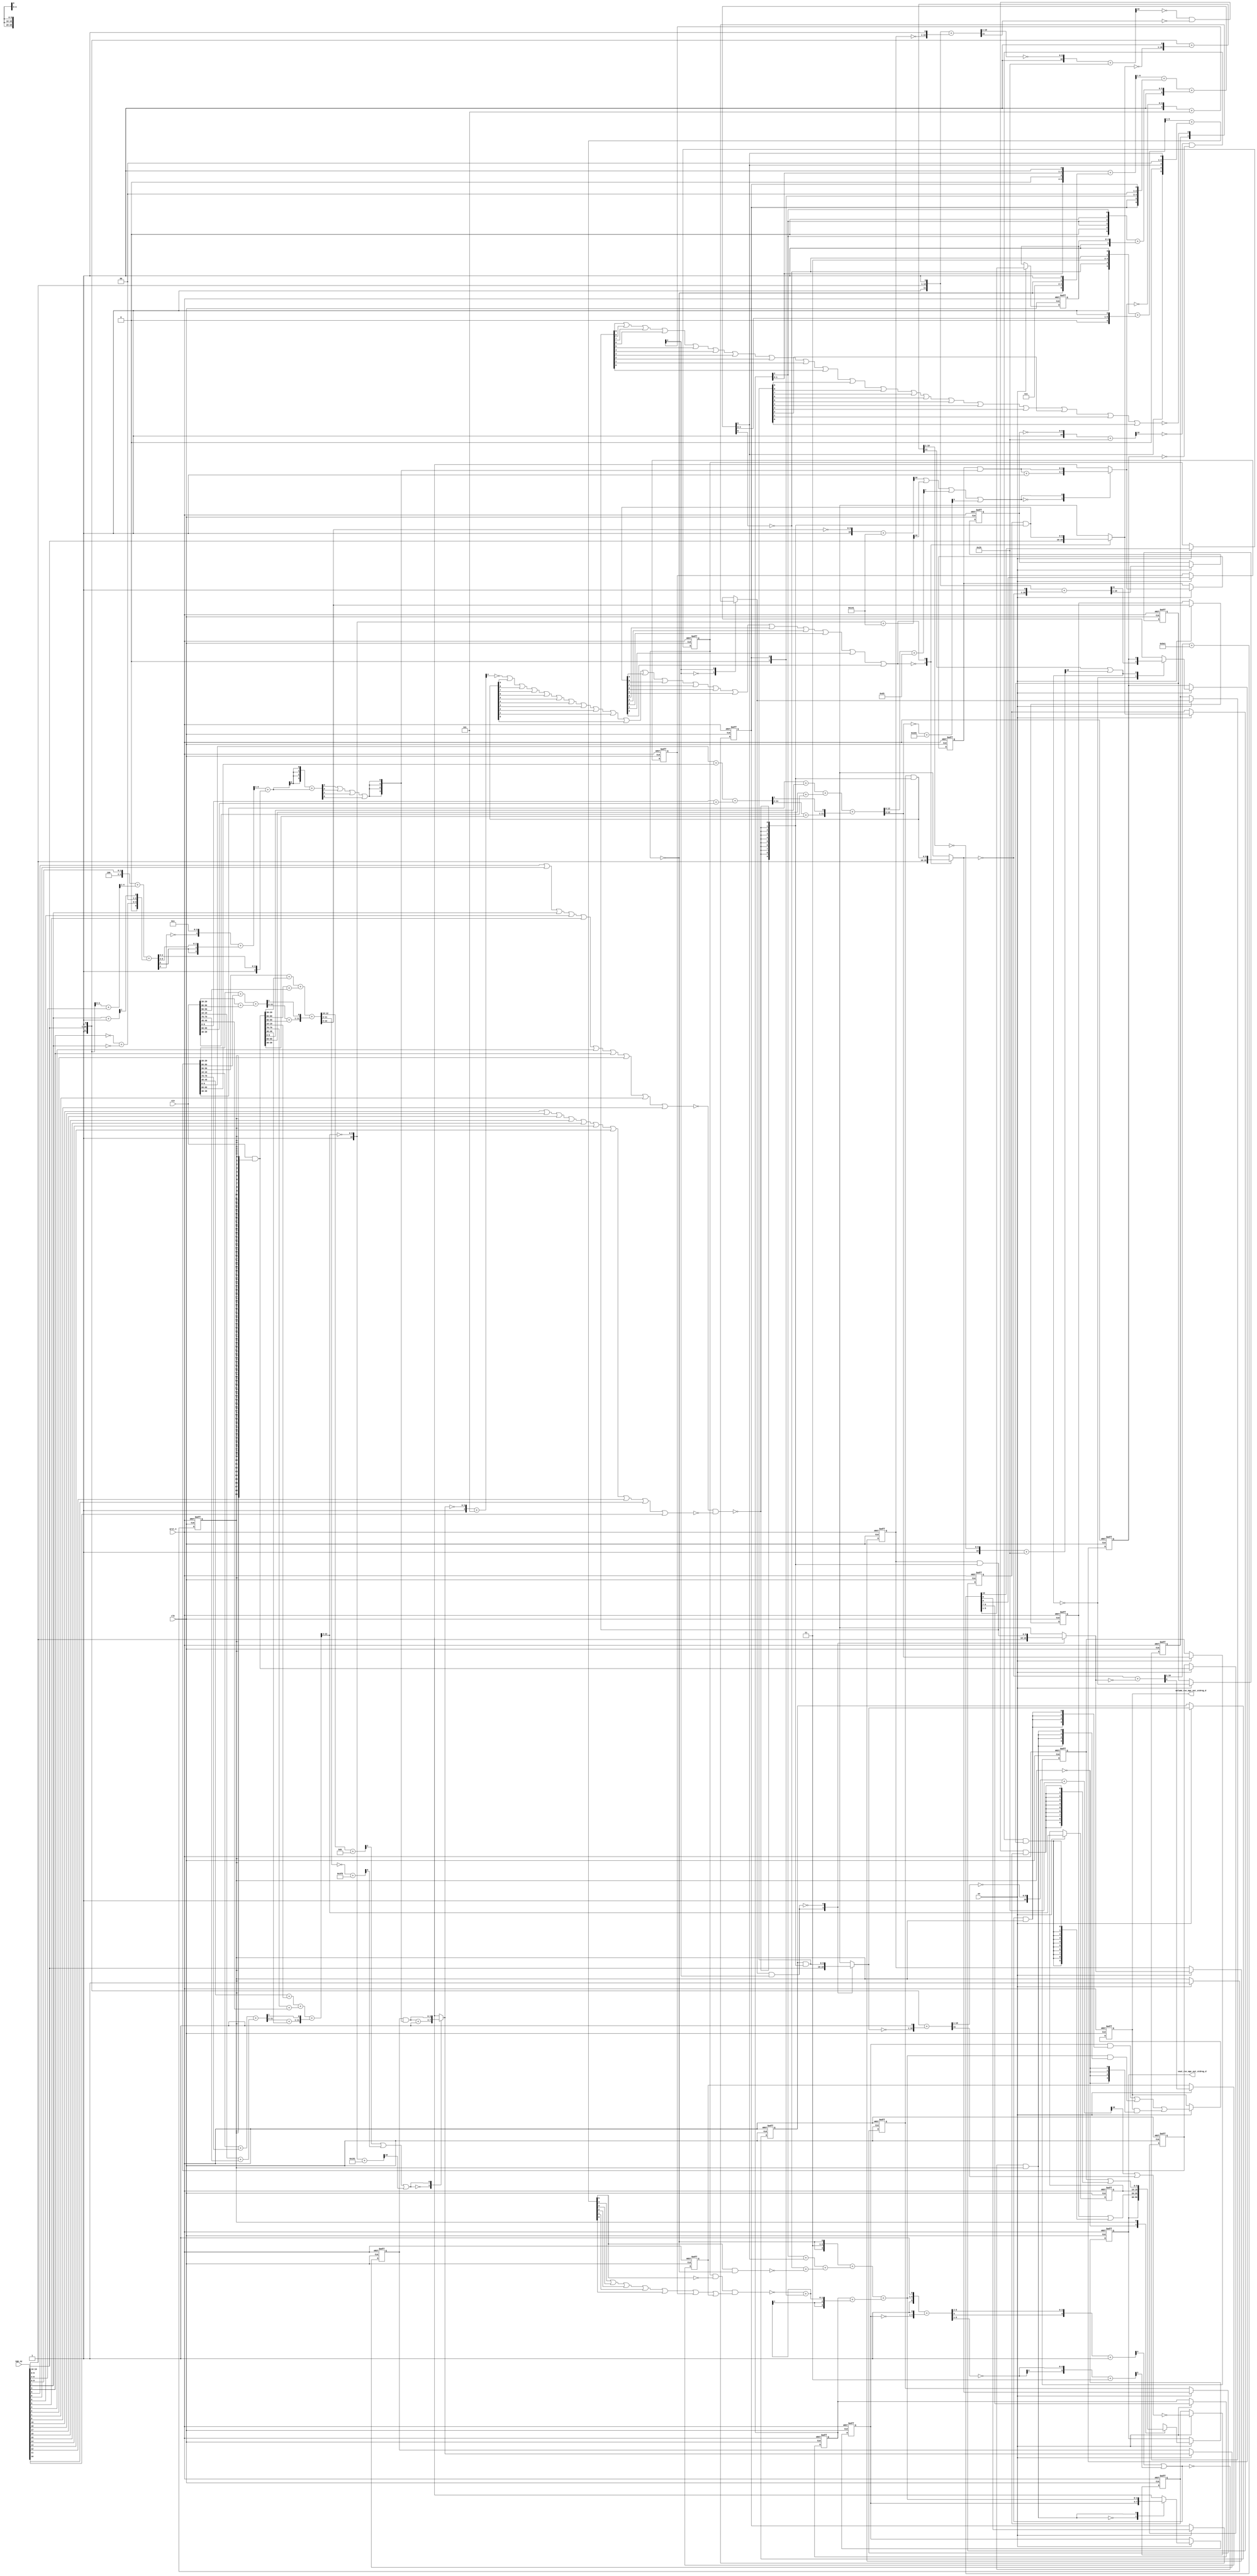
module gauss_blur_core (
  vin, vga_xy, clk, en, arst_n, vout_rsc_mgc_out_stdreg_d, volume_rsc_mgc_out_stdreg_d
);
  input [89:0] vin;
  input [19:0] vga_xy;
  input clk;
  input en;
  input arst_n;
  output [29:0] vout_rsc_mgc_out_stdreg_d;
  reg [29:0] vout_rsc_mgc_out_stdreg_d;
  output [3:0] volume_rsc_mgc_out_stdreg_d;
  reg [3:0] volume_rsc_mgc_out_stdreg_d;


  // Interconnect Declarations
  wire or_dcpl_8;
  wire not_tmp_8;
  reg [89:0] regs_regs_1_sva;
  reg [3:0] acc_13_0_sva;
  reg [3:0] acc_13_1_sva;
  reg [9:0] red_xy_0_sva;
  reg [9:0] red_xy_1_sva;
  reg [9:0] blue_xy_0_sva;
  reg [9:0] blue_xy_1_sva;
  reg [3:0] volume_previous_sva;
  reg if_9_land_lpi_1_dfm;
  reg [9:0] MAC1_acc_psp_sg1_sva_1;
  reg [9:0] MAC1_acc_39_psp_sg1_sva_1;
  reg [9:0] MAC1_acc_40_psp_sg1_sva_1;
  reg land_12_lpi_1_dfm_1;
  reg land_14_lpi_1_dfm_1;
  reg [9:0] deltay_square_red_slc_deltay_square_red_acc_psp_itm_1;
  reg [4:0] volume_current_slc_acc_idiv_itm_1;
  reg [2:0] volume_current_slc_acc_idiv_10_itm_1;
  reg volume_current_slc_acc_idiv_14_itm_1;
  reg volume_current_slc_acc_idiv_5_itm_1;
  reg volume_current_slc_acc_idiv_8_itm_1;
  reg aif_41_slc_itm_1;
  reg main_stage_0_2;
  wire if_9_land_lpi_1_dfm_mx0;
  wire [3:0] acc_13_0_sva_dfm_1_mx0;
  wire [9:0] blue_xy_1_sva_dfm;
  wire [9:0] blue_xy_0_sva_dfm;
  reg reg_volume_current_slc_acc_idiv_12_itm_1_cse;
  wire [9:0] red_xy_1_sva_dfm;
  wire [9:0] red_xy_0_sva_dfm;
  reg reg_deltay_square_blue_acc_psp_sva_tmp;
  wire or_17_cse;
  wire and_15_cse;
  wire [11:0] deltay_square_blue_acc_1_itm;
  wire [12:0] nl_deltay_square_blue_acc_1_itm;
  wire [5:0] if_17_acc_1_itm;
  wire [6:0] nl_if_17_acc_1_itm;
  wire [12:0] MAC1_acc_itm;
  wire [13:0] nl_MAC1_acc_itm;
  wire [12:0] MAC1_acc_78_itm;
  wire [13:0] nl_MAC1_acc_78_itm;
  wire [12:0] MAC1_acc_79_itm;
  wire [13:0] nl_MAC1_acc_79_itm;
  wire [11:0] deltay_square_red_acc_1_itm;
  wire [12:0] nl_deltay_square_red_acc_1_itm;
  wire [10:0] aif_39_acc_itm;
  wire [11:0] nl_aif_39_acc_itm;
  wire [11:0] deltax_square_red_acc_1_itm;
  wire [12:0] nl_deltax_square_red_acc_1_itm;
  wire [11:0] deltax_square_blue_acc_1_itm;
  wire [12:0] nl_deltax_square_blue_acc_1_itm;
  wire [4:0] acc_3_itm;
  wire [5:0] nl_acc_3_itm;
  wire [89:0] regs_regs_0_sva_mx0;
  wire [3:0] volume_current_sva;
  wire [5:0] nl_volume_current_sva;
  wire [6:0] conc_imod_sg1_sva;
  wire [8:0] nl_conc_imod_sg1_sva;
  wire [5:0] conc_imod_1_sg1_sva;
  wire [6:0] nl_conc_imod_1_sg1_sva;
  wire [3:0] acc_13_0_sva_dfm;
  wire [3:0] acc_13_1_sva_dfm_1_mx0;
  wire [3:0] acc_13_1_sva_dfm;
  wire [9:0] red_xy_1_sva_dfm_2_mx0;
  wire [9:0] red_xy_0_sva_dfm_2_mx0;
  wire [9:0] blue_xy_0_sva_dfm_2_mx0;
  wire [9:0] blue_xy_1_sva_mx0;
  wire [3:0] if_3_acc_svs;
  wire [4:0] nl_if_3_acc_svs;
  wire [3:0] if_3_acc_1_psp_sva;
  wire [4:0] nl_if_3_acc_1_psp_sva;
  wire [5:0] acc_imod_sva;
  wire [6:0] nl_acc_imod_sva;
  wire [10:0] volume_current_acc_psp;
  wire [11:0] nl_volume_current_acc_psp;
  wire [10:0] volume_current_acc_sdt;
  wire [11:0] nl_volume_current_acc_sdt;
  wire [11:0] MAC1_acc_45_itm;
  wire [12:0] nl_MAC1_acc_45_itm;
  wire [11:0] MAC1_acc_52_itm;
  wire [12:0] nl_MAC1_acc_52_itm;
  wire [11:0] MAC1_acc_59_itm;
  wire [12:0] nl_MAC1_acc_59_itm;
  wire nand_1_itm;
  wire or_itm;


  // Interconnect Declarations for Component Instantiations 
  assign and_15_cse = (~ or_17_cse) & main_stage_0_2;
  assign or_17_cse = (readslicef_5_1_4((conv_s2u_4_5(if_17_acc_1_itm[5:2]) + 5'b1)))
      | (readslicef_6_1_5((conv_s2s_5_6(~ (if_17_acc_1_itm[5:1])) + 6'b11)));
  assign regs_regs_0_sva_mx0 = vin & ({{89{main_stage_0_2}}, main_stage_0_2});
  assign nl_deltay_square_blue_acc_1_itm = ({1'b1 , (vga_xy[19:10]) , 1'b1}) + conv_u2s_11_12({(~
      blue_xy_1_sva) , 1'b1});
  assign deltay_square_blue_acc_1_itm = nl_deltay_square_blue_acc_1_itm[11:0];
  assign nl_volume_current_sva = (({(~ reg_volume_current_slc_acc_idiv_12_itm_1_cse)
      , 2'b11 , (~ reg_volume_current_slc_acc_idiv_12_itm_1_cse)}) + conv_u2u_3_4(conv_u2u_2_3(conv_u2u_1_2(volume_current_slc_acc_idiv_10_itm_1[2])
      + conv_u2u_1_2(conc_imod_sg1_sva[5])) + conv_u2u_2_3(conv_u2u_1_2(~ (conc_imod_sg1_sva[6]))
      + conv_u2u_1_2(~((conc_imod_1_sg1_sva[5]) & (~ reg_volume_current_slc_acc_idiv_12_itm_1_cse))))))
      + (conv_u2s_3_4(volume_current_slc_acc_idiv_10_itm_1) + conv_s2s_2_4(conv_s2s_1_2(~(reg_volume_current_slc_acc_idiv_12_itm_1_cse
      & (~ (conc_imod_1_sg1_sva[5])) & ((conc_imod_1_sg1_sva[4]) | (conc_imod_1_sg1_sva[3])
      | (conc_imod_1_sg1_sva[2]) | (conc_imod_1_sg1_sva[1]) | (conc_imod_1_sg1_sva[0])
      | volume_current_slc_acc_idiv_14_itm_1 | volume_current_slc_acc_idiv_5_itm_1)))
      + conv_u2s_1_2(volume_current_slc_acc_idiv_8_itm_1)));
  assign volume_current_sva = nl_volume_current_sva[3:0];
  assign nl_if_17_acc_1_itm = ({1'b1 , volume_current_sva , 1'b1}) + conv_u2s_5_6({(~
      volume_previous_sva) , 1'b1});
  assign if_17_acc_1_itm = nl_if_17_acc_1_itm[5:0];
  assign nl_MAC1_acc_45_itm = conv_u2u_11_12(conv_u2u_10_11(regs_regs_1_sva[29:20])
      + conv_u2u_10_11(regs_regs_1_sva[89:80])) + conv_u2u_11_12(conv_u2u_10_11(vin[29:20])
      + conv_u2u_10_11(vin[89:80]));
  assign MAC1_acc_45_itm = nl_MAC1_acc_45_itm[11:0];
  assign nl_MAC1_acc_itm = conv_u2u_12_13(conv_u2u_11_12(conv_u2u_10_11(regs_regs_1_sva[59:50])
      + conv_u2u_10_11(regs_regs_0_sva_mx0[29:20])) + conv_u2u_11_12(conv_u2u_10_11(regs_regs_0_sva_mx0[89:80])
      + conv_u2u_10_11(vin[59:50]))) + conv_u2u_12_13({(conv_u2u_10_11(MAC1_acc_45_itm[11:2])
      + conv_u2u_10_11(regs_regs_0_sva_mx0[59:50])) , (MAC1_acc_45_itm[1])});
  assign MAC1_acc_itm = nl_MAC1_acc_itm[12:0];
  assign nl_MAC1_acc_52_itm = conv_u2u_11_12(conv_u2u_10_11(regs_regs_1_sva[19:10])
      + conv_u2u_10_11(regs_regs_1_sva[79:70])) + conv_u2u_11_12(conv_u2u_10_11(vin[19:10])
      + conv_u2u_10_11(vin[79:70]));
  assign MAC1_acc_52_itm = nl_MAC1_acc_52_itm[11:0];
  assign nl_MAC1_acc_78_itm = conv_u2u_12_13(conv_u2u_11_12(conv_u2u_10_11(regs_regs_1_sva[49:40])
      + conv_u2u_10_11(regs_regs_0_sva_mx0[19:10])) + conv_u2u_11_12(conv_u2u_10_11(regs_regs_0_sva_mx0[79:70])
      + conv_u2u_10_11(vin[49:40]))) + conv_u2u_12_13({(conv_u2u_10_11(MAC1_acc_52_itm[11:2])
      + conv_u2u_10_11(regs_regs_0_sva_mx0[49:40])) , (MAC1_acc_52_itm[1])});
  assign MAC1_acc_78_itm = nl_MAC1_acc_78_itm[12:0];
  assign nl_MAC1_acc_59_itm = conv_u2u_11_12(conv_u2u_10_11(regs_regs_1_sva[9:0])
      + conv_u2u_10_11(regs_regs_1_sva[69:60])) + conv_u2u_11_12(conv_u2u_10_11(vin[9:0])
      + conv_u2u_10_11(vin[69:60]));
  assign MAC1_acc_59_itm = nl_MAC1_acc_59_itm[11:0];
  assign nl_MAC1_acc_79_itm = conv_u2u_12_13(conv_u2u_11_12(conv_u2u_10_11(regs_regs_1_sva[39:30])
      + conv_u2u_10_11(regs_regs_0_sva_mx0[9:0])) + conv_u2u_11_12(conv_u2u_10_11(regs_regs_0_sva_mx0[69:60])
      + conv_u2u_10_11(vin[39:30]))) + conv_u2u_12_13({(conv_u2u_10_11(MAC1_acc_59_itm[11:2])
      + conv_u2u_10_11(regs_regs_0_sva_mx0[39:30])) , (MAC1_acc_59_itm[1])});
  assign MAC1_acc_79_itm = nl_MAC1_acc_79_itm[12:0];
  assign nl_conc_imod_sg1_sva = (conv_u2s_6_7(readslicef_7_6_1((conv_u2u_6_7({(volume_current_slc_acc_idiv_10_itm_1[1:0])
      , 1'b0 , (volume_current_slc_acc_idiv_10_itm_1[1:0]) , 1'b1}) + conv_u2u_6_7({(~
      reg_volume_current_slc_acc_idiv_12_itm_1_cse) , 3'b111 , (~ reg_volume_current_slc_acc_idiv_12_itm_1_cse)
      , 1'b1})))) + conv_s2s_6_7({volume_current_slc_acc_idiv_8_itm_1 , 1'b0 , volume_current_slc_acc_idiv_8_itm_1
      , 2'b0 , volume_current_slc_acc_idiv_8_itm_1})) + ({1'b1 , (({(volume_current_slc_acc_idiv_10_itm_1[2])
      , 1'b0 , (signext_2_1(volume_current_slc_acc_idiv_10_itm_1[2])) , 1'b0 , (volume_current_slc_acc_idiv_10_itm_1[2])})
      + ({1'b1 , volume_current_slc_acc_idiv_itm_1}))});
  assign conc_imod_sg1_sva = nl_conc_imod_sg1_sva[6:0];
  assign nl_conc_imod_1_sg1_sva = (readslicef_7_6_1((conv_s2s_6_7({1'b1 , (~ (conc_imod_sg1_sva[6]))
      , 2'b11 , (~ (conc_imod_sg1_sva[6])) , 1'b1}) + conv_u2s_6_7({(conc_imod_sg1_sva[4:0])
      , 1'b1})))) + ({(conc_imod_sg1_sva[5]) , 1'b0 , (conc_imod_sg1_sva[5]) , 2'b0
      , (conc_imod_sg1_sva[5])});
  assign conc_imod_1_sg1_sva = nl_conc_imod_1_sg1_sva[5:0];
  assign acc_13_0_sva_dfm_1_mx0 = MUX_v_4_2_2({(acc_13_0_sva_dfm + 4'b1) , acc_13_0_sva_dfm},
      (readslicef_4_1_3((conv_u2u_3_4(MAC1_acc_itm[12:10]) + 4'b1011))) | (readslicef_10_1_9((conv_u2s_9_10(~
      (MAC1_acc_itm[11:3])) + 10'b1111111101))) | (readslicef_11_1_10((({1'b1 , (~
      (MAC1_acc_78_itm[12:3]))}) + 11'b110010001))));
  assign acc_13_0_sva_dfm = acc_13_0_sva & ({{3{or_itm}}, or_itm});
  assign acc_13_1_sva_dfm_1_mx0 = MUX_v_4_2_2({(acc_13_1_sva_dfm + 4'b1) , acc_13_1_sva_dfm},
      (readslicef_11_1_10((({1'b1 , (~ (MAC1_acc_itm[12:3]))}) + 11'b101000001)))
      | (readslicef_11_1_10((({1'b1 , (~ (MAC1_acc_78_itm[12:3]))}) + 11'b101000001)))
      | (readslicef_8_1_7((conv_u2u_7_8(MAC1_acc_79_itm[12:6]) + 8'b11010011))) |
      (readslicef_10_1_9(((~ (MAC1_acc_79_itm[12:3])) + 10'b1011010001))));
  assign acc_13_1_sva_dfm = acc_13_1_sva & ({{3{or_itm}}, or_itm});
  assign red_xy_1_sva_dfm_2_mx0 = MUX_v_10_2_2({(vga_xy[19:10]) , red_xy_1_sva_dfm},
      or_dcpl_8);
  assign red_xy_0_sva_dfm_2_mx0 = MUX_v_10_2_2({(vga_xy[9:0]) , red_xy_0_sva_dfm},
      or_dcpl_8);
  assign red_xy_1_sva_dfm = red_xy_1_sva & ({{9{nand_1_itm}}, nand_1_itm});
  assign red_xy_0_sva_dfm = red_xy_0_sva & ({{9{nand_1_itm}}, nand_1_itm});
  assign if_9_land_lpi_1_dfm_mx0 = MUX_s_1_2_2({if_9_land_lpi_1_dfm , (~((blue_xy_1_sva_dfm[9])
      | (blue_xy_1_sva_dfm[8]) | (blue_xy_1_sva_dfm[7]) | (blue_xy_1_sva_dfm[6])
      | (blue_xy_1_sva_dfm[5]) | (blue_xy_1_sva_dfm[4]) | (blue_xy_1_sva_dfm[3])
      | (blue_xy_1_sva_dfm[2]) | (blue_xy_1_sva_dfm[1]) | (blue_xy_1_sva_dfm[0])
      | (blue_xy_0_sva_dfm[9]) | (blue_xy_0_sva_dfm[8]) | (blue_xy_0_sva_dfm[7])
      | (blue_xy_0_sva_dfm[6]) | (blue_xy_0_sva_dfm[5]) | (blue_xy_0_sva_dfm[4])
      | (blue_xy_0_sva_dfm[3]) | (blue_xy_0_sva_dfm[2]) | (blue_xy_0_sva_dfm[1])
      | (blue_xy_0_sva_dfm[0])))}, acc_3_itm[4]);
  assign blue_xy_1_sva_dfm = blue_xy_1_sva & ({{9{nand_1_itm}}, nand_1_itm});
  assign blue_xy_0_sva_dfm = blue_xy_0_sva & ({{9{nand_1_itm}}, nand_1_itm});
  assign nl_deltay_square_red_acc_1_itm = ({1'b1 , (vga_xy[19:10]) , 1'b1}) + conv_u2s_11_12({(~
      red_xy_1_sva_dfm_2_mx0) , 1'b1});
  assign deltay_square_red_acc_1_itm = nl_deltay_square_red_acc_1_itm[11:0];
  assign nl_aif_39_acc_itm = ({1'b1 , (~ (deltax_square_red_acc_1_itm[10:1]))}) +
      11'b101001;
  assign aif_39_acc_itm = nl_aif_39_acc_itm[10:0];
  assign nl_deltax_square_red_acc_1_itm = ({1'b1 , (vga_xy[9:0]) , 1'b1}) + conv_u2s_11_12({(~
      red_xy_0_sva_dfm_2_mx0) , 1'b1});
  assign deltax_square_red_acc_1_itm = nl_deltax_square_red_acc_1_itm[11:0];
  assign nl_deltax_square_blue_acc_1_itm = ({1'b1 , (vga_xy[9:0]) , 1'b1}) + conv_u2s_11_12({(~
      blue_xy_0_sva_dfm_2_mx0) , 1'b1});
  assign deltax_square_blue_acc_1_itm = nl_deltax_square_blue_acc_1_itm[11:0];
  assign blue_xy_0_sva_dfm_2_mx0 = MUX_v_10_2_2({(vga_xy[9:0]) , blue_xy_0_sva_dfm},
      not_tmp_8);
  assign nl_acc_3_itm = ({1'b1 , (~ acc_13_1_sva_dfm_1_mx0)}) + 5'b101;
  assign acc_3_itm = nl_acc_3_itm[4:0];
  assign blue_xy_1_sva_mx0 = MUX_v_10_2_2({(vga_xy[19:10]) , blue_xy_1_sva_dfm},
      not_tmp_8);
  assign nl_if_3_acc_svs = conv_s2u_1_4(if_3_acc_1_psp_sva[3]) + if_3_acc_1_psp_sva;
  assign if_3_acc_svs = nl_if_3_acc_svs[3:0];
  assign nl_if_3_acc_1_psp_sva = (readslicef_5_4_1((({(~ (acc_imod_sva[3])) , 4'b1})
      + conv_s2u_3_5(acc_imod_sva[5:3])))) + ({1'b1 , (acc_imod_sva[2:0])});
  assign if_3_acc_1_psp_sva = nl_if_3_acc_1_psp_sva[3:0];
  assign nl_acc_imod_sva = conv_s2s_5_6(({3'b100 , (vga_xy[9:8])}) + conv_u2s_4_5(readslicef_5_4_1((conv_u2u_4_5({(vga_xy[2:0])
      , 1'b1}) + conv_u2u_4_5(vga_xy[6:3]))))) + conv_u2s_5_6({(conv_u2u_1_2(~ (vga_xy[3]))
      + conv_u2u_1_2(~ (vga_xy[7]))) , 2'b0 , (readslicef_2_1_1((conv_u2u_1_2(vga_xy[7])
      + 2'b1)))});
  assign acc_imod_sva = nl_acc_imod_sva[5:0];
  assign nl_volume_current_acc_psp = conv_u2u_10_11(volume_current_acc_sdt[10:1])
      + 11'b10111100001;
  assign volume_current_acc_psp = nl_volume_current_acc_psp[10:0];
  assign nl_volume_current_acc_sdt = conv_u2u_10_11(~ red_xy_1_sva_dfm_2_mx0) + conv_u2u_10_11(~
      blue_xy_1_sva_mx0);
  assign volume_current_acc_sdt = nl_volume_current_acc_sdt[10:0];
  assign nand_1_itm = ~((~((vga_xy[9]) | (vga_xy[8]) | (vga_xy[7]) | (vga_xy[6])
      | (vga_xy[5]) | (vga_xy[4]) | (vga_xy[3]) | (vga_xy[2]) | (vga_xy[1]) | (vga_xy[0])))
      & (~((vga_xy[19]) | (vga_xy[18]) | (vga_xy[17]) | (vga_xy[16]) | (vga_xy[15])
      | (vga_xy[14]) | (vga_xy[13]) | (vga_xy[12]) | (vga_xy[11]) | (vga_xy[10]))));
  assign or_itm = (if_3_acc_svs[3]) | (if_3_acc_svs[2]) | (if_3_acc_svs[1]) | (if_3_acc_svs[0]);
  assign or_dcpl_8 = (~ (readslicef_5_1_4((({1'b1 , (~ acc_13_0_sva_dfm_1_mx0)})
      + 5'b101)))) | (red_xy_1_sva_dfm[9]) | (red_xy_1_sva_dfm[8]) | (red_xy_1_sva_dfm[7])
      | (red_xy_1_sva_dfm[6]) | (red_xy_1_sva_dfm[5]) | (red_xy_1_sva_dfm[4]) | (red_xy_1_sva_dfm[3])
      | (red_xy_1_sva_dfm[2]) | (red_xy_1_sva_dfm[1]) | (red_xy_1_sva_dfm[0]) | (red_xy_0_sva_dfm[9])
      | (red_xy_0_sva_dfm[8]) | (red_xy_0_sva_dfm[7]) | (red_xy_0_sva_dfm[6]) | (red_xy_0_sva_dfm[5])
      | (red_xy_0_sva_dfm[4]) | (red_xy_0_sva_dfm[3]) | (red_xy_0_sva_dfm[2]) | (red_xy_0_sva_dfm[1])
      | (red_xy_0_sva_dfm[0]);
  assign not_tmp_8 = ~(if_9_land_lpi_1_dfm_mx0 & (acc_3_itm[4]));
  always @(posedge clk or negedge arst_n) begin
    if ( ~ arst_n ) begin
      vout_rsc_mgc_out_stdreg_d <= 30'b0;
      volume_rsc_mgc_out_stdreg_d <= 4'b0;
      deltay_square_red_slc_deltay_square_red_acc_psp_itm_1 <= 10'b0;
      volume_previous_sva <= 4'b0;
      MAC1_acc_psp_sg1_sva_1 <= 10'b0;
      aif_41_slc_itm_1 <= 1'b0;
      land_12_lpi_1_dfm_1 <= 1'b0;
      MAC1_acc_39_psp_sg1_sva_1 <= 10'b0;
      MAC1_acc_40_psp_sg1_sva_1 <= 10'b0;
      land_14_lpi_1_dfm_1 <= 1'b0;
      reg_volume_current_slc_acc_idiv_12_itm_1_cse <= 1'b0;
      volume_current_slc_acc_idiv_10_itm_1 <= 3'b0;
      volume_current_slc_acc_idiv_14_itm_1 <= 1'b0;
      volume_current_slc_acc_idiv_5_itm_1 <= 1'b0;
      volume_current_slc_acc_idiv_8_itm_1 <= 1'b0;
      volume_current_slc_acc_idiv_itm_1 <= 5'b0;
      if_9_land_lpi_1_dfm <= 1'b0;
      blue_xy_1_sva <= 10'b0;
      blue_xy_0_sva <= 10'b0;
      red_xy_1_sva <= 10'b0;
      red_xy_0_sva <= 10'b0;
      acc_13_1_sva <= 4'b0;
      acc_13_0_sva <= 4'b0;
      regs_regs_1_sva <= 90'b0;
      main_stage_0_2 <= 1'b0;
      reg_deltay_square_blue_acc_psp_sva_tmp <= 1'b0;
    end
    else begin
      if ( en ) begin
        vout_rsc_mgc_out_stdreg_d <= MUX_v_30_2_2({vout_rsc_mgc_out_stdreg_d , ({(MAC1_acc_psp_sg1_sva_1
            | (signext_10_1((~ (readslicef_11_1_10((({1'b1 , (~ deltay_square_red_slc_deltay_square_red_acc_psp_itm_1)})
            + 11'b101001)))) & (~ aif_41_slc_itm_1) & land_12_lpi_1_dfm_1))) , MAC1_acc_39_psp_sg1_sva_1
            , (MAC1_acc_40_psp_sg1_sva_1 | (signext_10_1((~ (readslicef_11_1_10((({1'b1
            , (~ (deltay_square_blue_acc_1_itm[10:1]))}) + 11'b101001)))) & (~ (deltay_square_blue_acc_1_itm[11]))
            & land_14_lpi_1_dfm_1)))})}, main_stage_0_2);
        volume_rsc_mgc_out_stdreg_d <= MUX1HOT_v_4_3_2({volume_rsc_mgc_out_stdreg_d
            , volume_current_sva , volume_previous_sva}, {(~ main_stage_0_2) , and_15_cse
            , (or_17_cse & main_stage_0_2)});
        deltay_square_red_slc_deltay_square_red_acc_psp_itm_1 <= deltay_square_red_acc_1_itm[10:1];
        volume_previous_sva <= MUX_v_4_2_2({volume_previous_sva , volume_current_sva},
            and_15_cse);
        MAC1_acc_psp_sg1_sva_1 <= MAC1_acc_itm[12:3];
        aif_41_slc_itm_1 <= MUX_s_1_2_2({(deltay_square_red_acc_1_itm[11]) , aif_41_slc_itm_1},
            (deltax_square_red_acc_1_itm[11]) | (aif_39_acc_itm[10]));
        land_12_lpi_1_dfm_1 <= ~((aif_39_acc_itm[10]) | (deltax_square_red_acc_1_itm[11]));
        MAC1_acc_39_psp_sg1_sva_1 <= MAC1_acc_78_itm[12:3];
        MAC1_acc_40_psp_sg1_sva_1 <= MAC1_acc_79_itm[12:3];
        land_14_lpi_1_dfm_1 <= ~((readslicef_11_1_10((({1'b1 , (~ (deltax_square_blue_acc_1_itm[10:1]))})
            + 11'b101001))) | (deltax_square_blue_acc_1_itm[11]));
        reg_volume_current_slc_acc_idiv_12_itm_1_cse <= volume_current_acc_psp[10];
        volume_current_slc_acc_idiv_10_itm_1 <= volume_current_acc_psp[9:7];
        volume_current_slc_acc_idiv_14_itm_1 <= volume_current_acc_psp[0];
        volume_current_slc_acc_idiv_5_itm_1 <= volume_current_acc_sdt[0];
        volume_current_slc_acc_idiv_8_itm_1 <= volume_current_acc_psp[6];
        volume_current_slc_acc_idiv_itm_1 <= volume_current_acc_psp[5:1];
        if_9_land_lpi_1_dfm <= if_9_land_lpi_1_dfm_mx0;
        blue_xy_1_sva <= blue_xy_1_sva_mx0;
        blue_xy_0_sva <= blue_xy_0_sva_dfm_2_mx0;
        red_xy_1_sva <= red_xy_1_sva_dfm_2_mx0;
        red_xy_0_sva <= red_xy_0_sva_dfm_2_mx0;
        acc_13_1_sva <= acc_13_1_sva_dfm_1_mx0;
        acc_13_0_sva <= acc_13_0_sva_dfm_1_mx0;
        regs_regs_1_sva <= regs_regs_0_sva_mx0;
        main_stage_0_2 <= 1'b1;
        reg_deltay_square_blue_acc_psp_sva_tmp <= MUX_s_1_2_2({reg_deltay_square_blue_acc_psp_sva_tmp
            , (MUX_s_1_2_2({reg_deltay_square_blue_acc_psp_sva_tmp , (deltay_square_blue_acc_1_itm[11])},
            land_14_lpi_1_dfm_1))}, main_stage_0_2);
      end
    end
  end

  function [0:0] readslicef_5_1_4;
    input [4:0] vector;
    reg [4:0] tmp;
  begin
    tmp = vector >> 4;
    readslicef_5_1_4 = tmp[0:0];
  end
  endfunction


  function [0:0] readslicef_6_1_5;
    input [5:0] vector;
    reg [5:0] tmp;
  begin
    tmp = vector >> 5;
    readslicef_6_1_5 = tmp[0:0];
  end
  endfunction


  function [5:0] readslicef_7_6_1;
    input [6:0] vector;
    reg [6:0] tmp;
  begin
    tmp = vector >> 1;
    readslicef_7_6_1 = tmp[5:0];
  end
  endfunction


  function [1:0] signext_2_1;
    input [0:0] vector;
  begin
    signext_2_1= {{1{vector[0]}}, vector};
  end
  endfunction


  function [3:0] MUX_v_4_2_2;
    input [7:0] inputs;
    input [0:0] sel;
    reg [3:0] result;
  begin
    case (sel)
      1'b0 : begin
        result = inputs[7:4];
      end
      1'b1 : begin
        result = inputs[3:0];
      end
      default : begin
        result = inputs[7:4];
      end
    endcase
    MUX_v_4_2_2 = result;
  end
  endfunction


  function [0:0] readslicef_4_1_3;
    input [3:0] vector;
    reg [3:0] tmp;
  begin
    tmp = vector >> 3;
    readslicef_4_1_3 = tmp[0:0];
  end
  endfunction


  function [0:0] readslicef_10_1_9;
    input [9:0] vector;
    reg [9:0] tmp;
  begin
    tmp = vector >> 9;
    readslicef_10_1_9 = tmp[0:0];
  end
  endfunction


  function [0:0] readslicef_11_1_10;
    input [10:0] vector;
    reg [10:0] tmp;
  begin
    tmp = vector >> 10;
    readslicef_11_1_10 = tmp[0:0];
  end
  endfunction


  function [0:0] readslicef_8_1_7;
    input [7:0] vector;
    reg [7:0] tmp;
  begin
    tmp = vector >> 7;
    readslicef_8_1_7 = tmp[0:0];
  end
  endfunction


  function [9:0] MUX_v_10_2_2;
    input [19:0] inputs;
    input [0:0] sel;
    reg [9:0] result;
  begin
    case (sel)
      1'b0 : begin
        result = inputs[19:10];
      end
      1'b1 : begin
        result = inputs[9:0];
      end
      default : begin
        result = inputs[19:10];
      end
    endcase
    MUX_v_10_2_2 = result;
  end
  endfunction


  function [0:0] MUX_s_1_2_2;
    input [1:0] inputs;
    input [0:0] sel;
    reg [0:0] result;
  begin
    case (sel)
      1'b0 : begin
        result = inputs[1:1];
      end
      1'b1 : begin
        result = inputs[0:0];
      end
      default : begin
        result = inputs[1:1];
      end
    endcase
    MUX_s_1_2_2 = result;
  end
  endfunction


  function [3:0] readslicef_5_4_1;
    input [4:0] vector;
    reg [4:0] tmp;
  begin
    tmp = vector >> 1;
    readslicef_5_4_1 = tmp[3:0];
  end
  endfunction


  function [0:0] readslicef_2_1_1;
    input [1:0] vector;
    reg [1:0] tmp;
  begin
    tmp = vector >> 1;
    readslicef_2_1_1 = tmp[0:0];
  end
  endfunction


  function [29:0] MUX_v_30_2_2;
    input [59:0] inputs;
    input [0:0] sel;
    reg [29:0] result;
  begin
    case (sel)
      1'b0 : begin
        result = inputs[59:30];
      end
      1'b1 : begin
        result = inputs[29:0];
      end
      default : begin
        result = inputs[59:30];
      end
    endcase
    MUX_v_30_2_2 = result;
  end
  endfunction


  function [9:0] signext_10_1;
    input [0:0] vector;
  begin
    signext_10_1= {{9{vector[0]}}, vector};
  end
  endfunction


  function [3:0] MUX1HOT_v_4_3_2;
    input [11:0] inputs;
    input [2:0] sel;
    reg [3:0] result;
    integer i;
  begin
    result = inputs[0+:4] & {4{sel[0]}};
    for( i = 1; i < 3; i = i + 1 )
      result = result | (inputs[i*4+:4] & {4{sel[i]}});
    MUX1HOT_v_4_3_2 = result;
  end
  endfunction


  function  [4:0] conv_s2u_4_5 ;
    input signed [3:0]  vector ;
  begin
    conv_s2u_4_5 = {vector[3], vector};
  end
  endfunction


  function signed [5:0] conv_s2s_5_6 ;
    input signed [4:0]  vector ;
  begin
    conv_s2s_5_6 = {vector[4], vector};
  end
  endfunction


  function signed [11:0] conv_u2s_11_12 ;
    input [10:0]  vector ;
  begin
    conv_u2s_11_12 = {1'b0, vector};
  end
  endfunction


  function  [3:0] conv_u2u_3_4 ;
    input [2:0]  vector ;
  begin
    conv_u2u_3_4 = {1'b0, vector};
  end
  endfunction


  function  [2:0] conv_u2u_2_3 ;
    input [1:0]  vector ;
  begin
    conv_u2u_2_3 = {1'b0, vector};
  end
  endfunction


  function  [1:0] conv_u2u_1_2 ;
    input [0:0]  vector ;
  begin
    conv_u2u_1_2 = {1'b0, vector};
  end
  endfunction


  function signed [3:0] conv_u2s_3_4 ;
    input [2:0]  vector ;
  begin
    conv_u2s_3_4 = {1'b0, vector};
  end
  endfunction


  function signed [3:0] conv_s2s_2_4 ;
    input signed [1:0]  vector ;
  begin
    conv_s2s_2_4 = {{2{vector[1]}}, vector};
  end
  endfunction


  function signed [1:0] conv_s2s_1_2 ;
    input signed [0:0]  vector ;
  begin
    conv_s2s_1_2 = {vector[0], vector};
  end
  endfunction


  function signed [1:0] conv_u2s_1_2 ;
    input [0:0]  vector ;
  begin
    conv_u2s_1_2 = {1'b0, vector};
  end
  endfunction


  function signed [5:0] conv_u2s_5_6 ;
    input [4:0]  vector ;
  begin
    conv_u2s_5_6 = {1'b0, vector};
  end
  endfunction


  function  [11:0] conv_u2u_11_12 ;
    input [10:0]  vector ;
  begin
    conv_u2u_11_12 = {1'b0, vector};
  end
  endfunction


  function  [10:0] conv_u2u_10_11 ;
    input [9:0]  vector ;
  begin
    conv_u2u_10_11 = {1'b0, vector};
  end
  endfunction


  function  [12:0] conv_u2u_12_13 ;
    input [11:0]  vector ;
  begin
    conv_u2u_12_13 = {1'b0, vector};
  end
  endfunction


  function signed [6:0] conv_u2s_6_7 ;
    input [5:0]  vector ;
  begin
    conv_u2s_6_7 = {1'b0, vector};
  end
  endfunction


  function  [6:0] conv_u2u_6_7 ;
    input [5:0]  vector ;
  begin
    conv_u2u_6_7 = {1'b0, vector};
  end
  endfunction


  function signed [6:0] conv_s2s_6_7 ;
    input signed [5:0]  vector ;
  begin
    conv_s2s_6_7 = {vector[5], vector};
  end
  endfunction


  function signed [9:0] conv_u2s_9_10 ;
    input [8:0]  vector ;
  begin
    conv_u2s_9_10 = {1'b0, vector};
  end
  endfunction


  function  [7:0] conv_u2u_7_8 ;
    input [6:0]  vector ;
  begin
    conv_u2u_7_8 = {1'b0, vector};
  end
  endfunction


  function  [3:0] conv_s2u_1_4 ;
    input signed [0:0]  vector ;
  begin
    conv_s2u_1_4 = {{3{vector[0]}}, vector};
  end
  endfunction


  function  [4:0] conv_s2u_3_5 ;
    input signed [2:0]  vector ;
  begin
    conv_s2u_3_5 = {{2{vector[2]}}, vector};
  end
  endfunction


  function signed [4:0] conv_u2s_4_5 ;
    input [3:0]  vector ;
  begin
    conv_u2s_4_5 = {1'b0, vector};
  end
  endfunction


  function  [4:0] conv_u2u_4_5 ;
    input [3:0]  vector ;
  begin
    conv_u2u_4_5 = {1'b0, vector};
  end
  endfunction

endmodule
module gauss_blur (
  vin, vout_rsc_z, vga_xy, volume_rsc_z, clk, en, arst_n
);
  input [89:0] vin;
  output [29:0] vout_rsc_z;
  input [19:0] vga_xy;
  output [3:0] volume_rsc_z;
  input clk;
  input en;
  input arst_n;


  // Interconnect Declarations
  wire [29:0] vout_rsc_mgc_out_stdreg_d;
  wire [3:0] volume_rsc_mgc_out_stdreg_d;


  // Interconnect Declarations for Component Instantiations 
  mgc_out_stdreg #(.rscid(2),
  .width(30)) vout_rsc_mgc_out_stdreg (
      .d(vout_rsc_mgc_out_stdreg_d),
      .z(vout_rsc_z)
    );
  mgc_out_stdreg #(.rscid(4),
  .width(4)) volume_rsc_mgc_out_stdreg (
      .d(volume_rsc_mgc_out_stdreg_d),
      .z(volume_rsc_z)
    );
  gauss_blur_core gauss_blur_core_inst (
      .vin(vin),
      .vga_xy(vga_xy),
      .clk(clk),
      .en(en),
      .arst_n(arst_n),
      .vout_rsc_mgc_out_stdreg_d(vout_rsc_mgc_out_stdreg_d),
      .volume_rsc_mgc_out_stdreg_d(volume_rsc_mgc_out_stdreg_d)
    );
endmodule